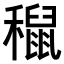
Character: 𥣅